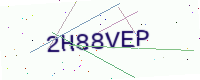
Text: 2H88VEP